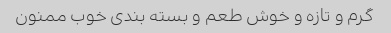
گرم و تازه و خوش طعم و بسته بندی خوب ممنون